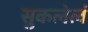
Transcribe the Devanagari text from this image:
सुकलेलं